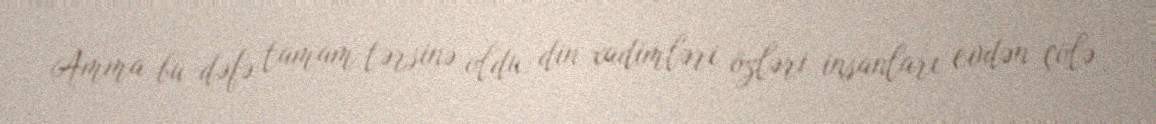
Amma bu dəfə tamam tərsinə oldu: din xadimləri özləri insanları evdən çölə